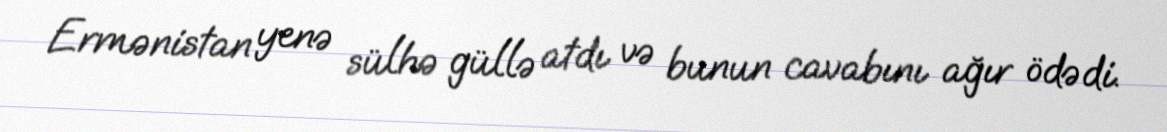
Ermənistan yenə sülhə güllə atdı və bunun cavabını ağır ödədi.